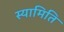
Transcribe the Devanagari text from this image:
स्यामिति